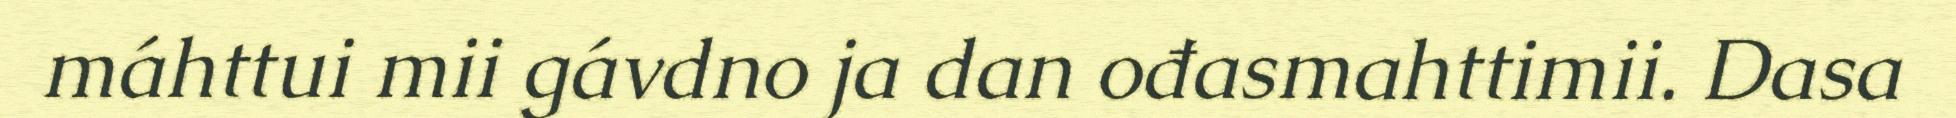
máhttui mii gávdno ja dan ođasmahttimii. Dasa